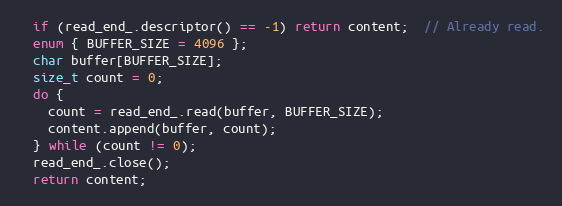
Language: C++
  if (read_end_.descriptor() == -1) return content;  // Already read.
  enum { BUFFER_SIZE = 4096 };
  char buffer[BUFFER_SIZE];
  size_t count = 0;
  do {
    count = read_end_.read(buffer, BUFFER_SIZE);
    content.append(buffer, count);
  } while (count != 0);
  read_end_.close();
  return content;